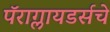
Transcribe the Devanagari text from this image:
पॅराग्लायडर्सचे